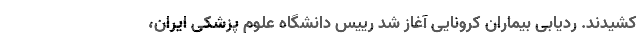
کشیدند. ردیابی بیماران کرونایی آغاز شد رییس دانشگاه علوم پزشکی ایران،